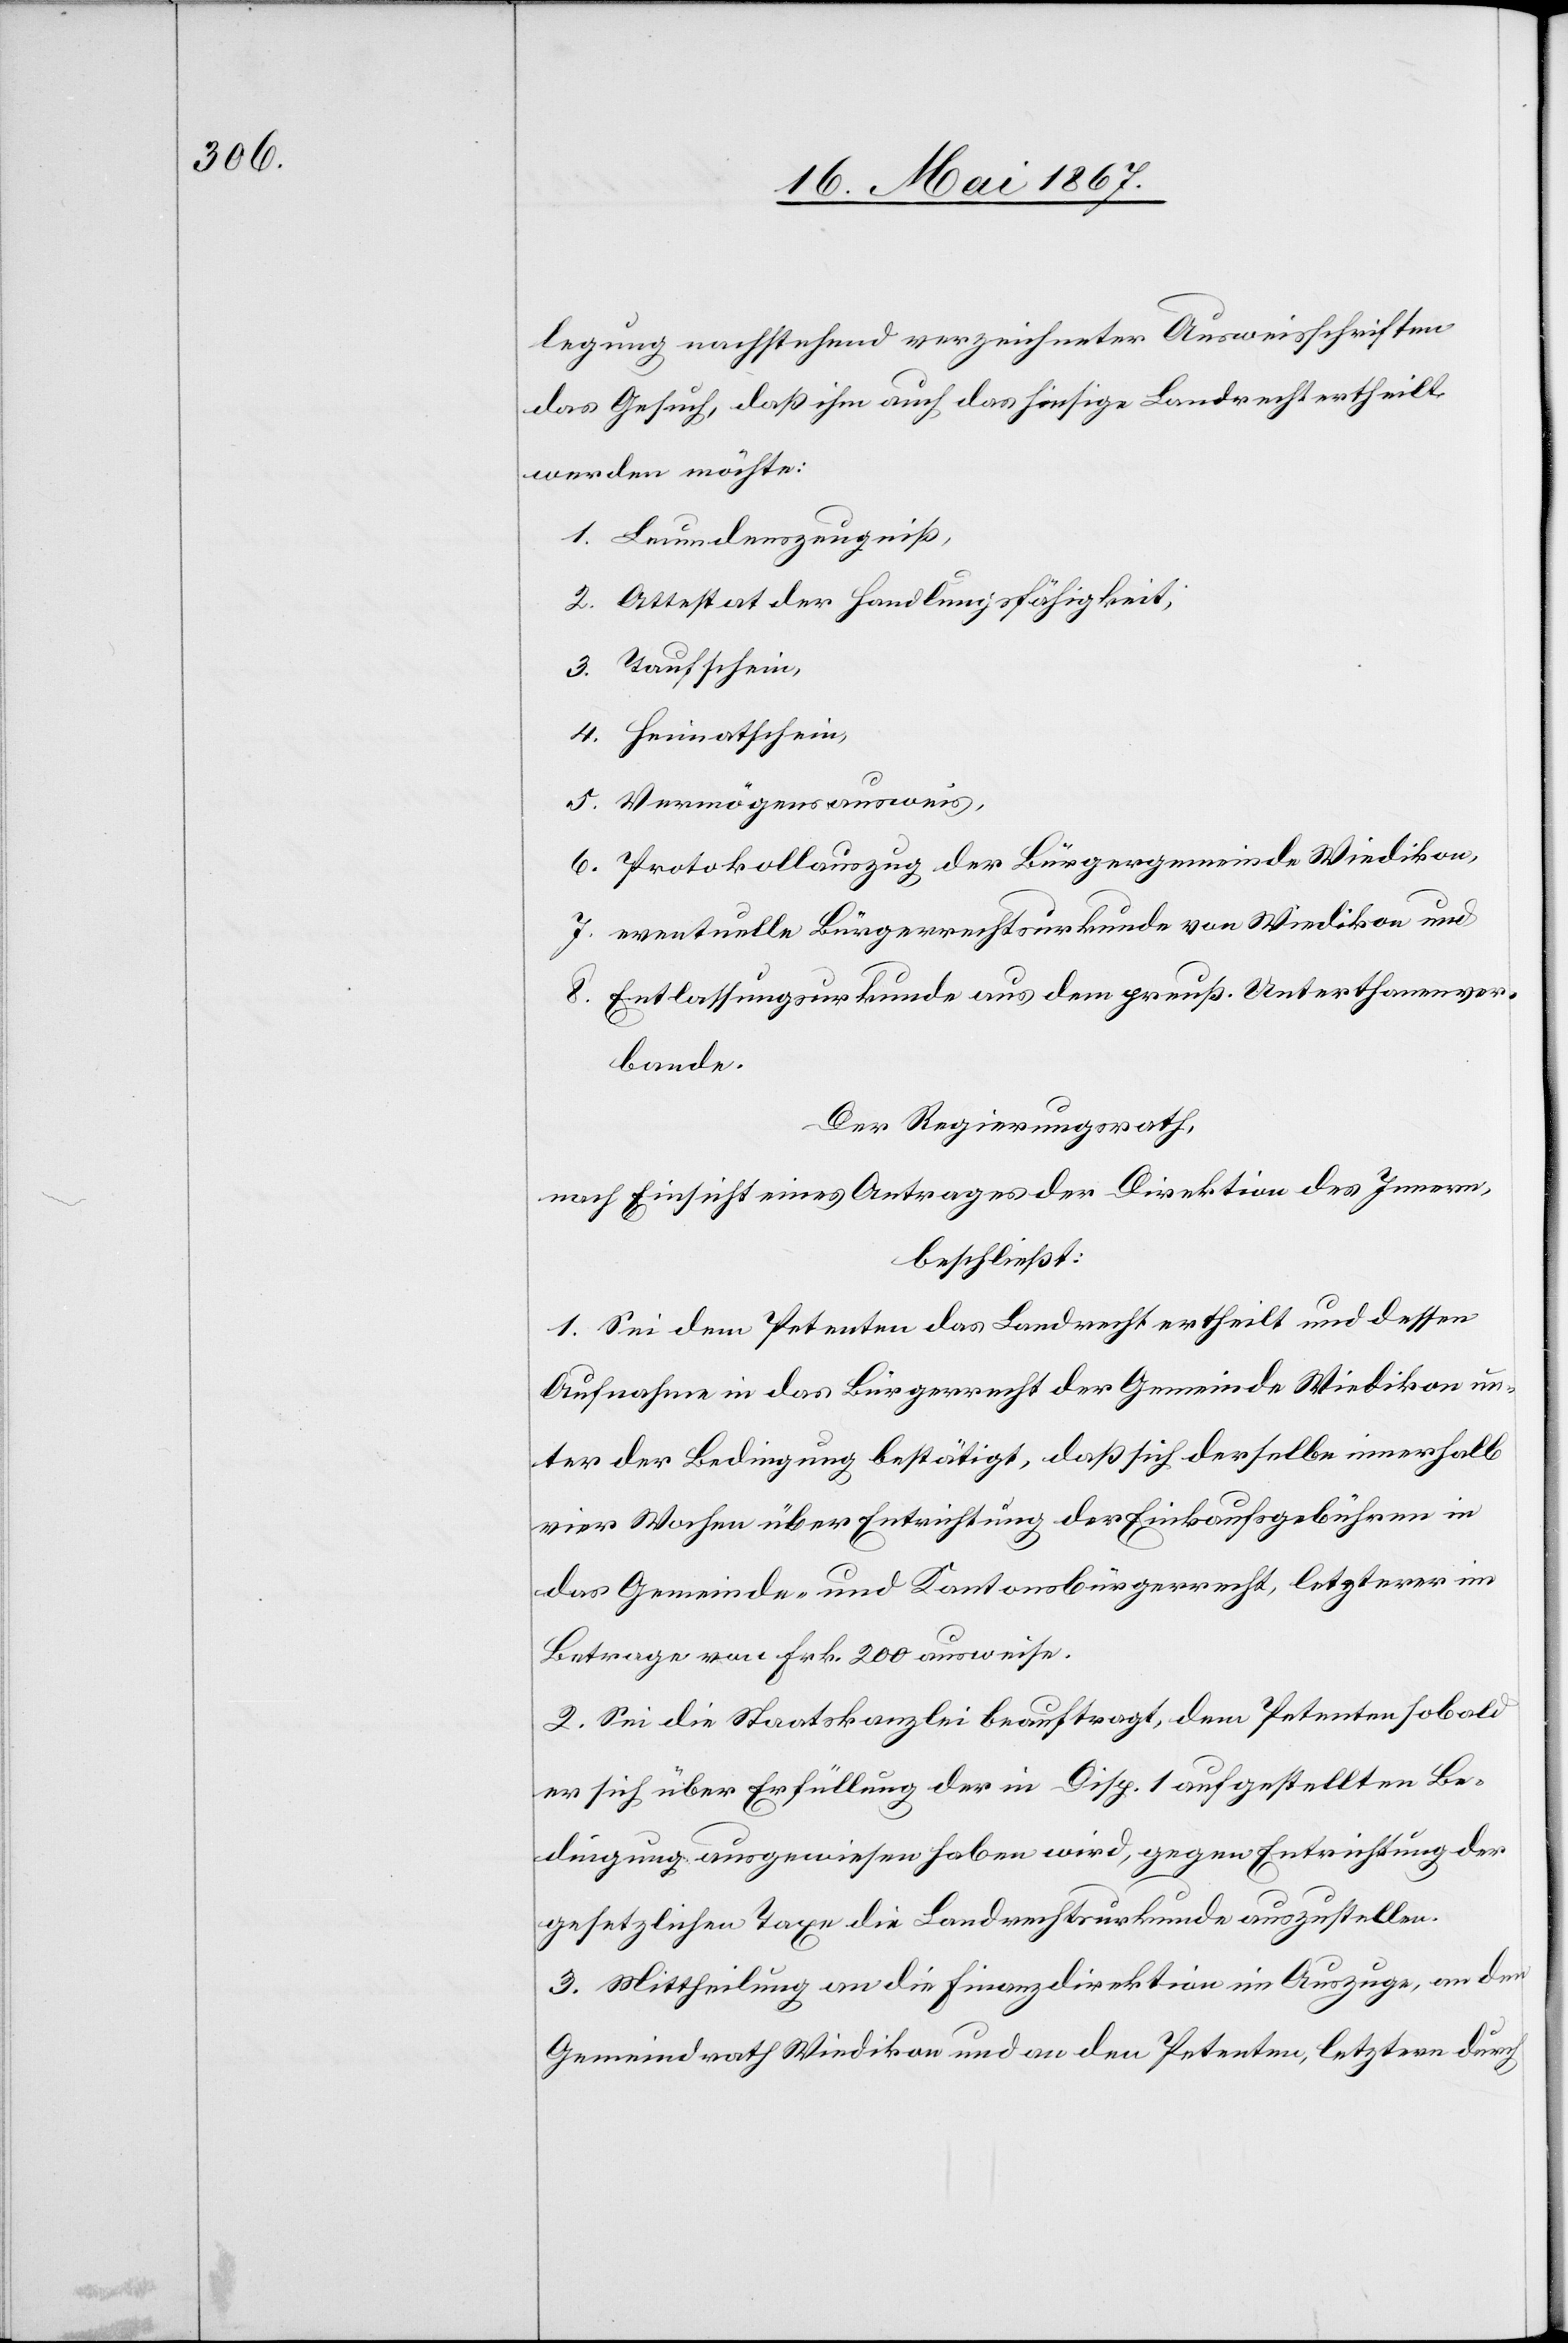
legung nachstehend verzeichneter Ausweisschriften
das Gesuch, daß ihm auch das hiesige Landrecht ertheilt
werden möchte:
Leumdenszeugniß,
Attestat der Handlungsfähigkeit,
Heimatschein,
Vermögensausweis,
Protokollauszug der Bürgergemeinde Wiedikon,
eventuelle Bürgerrechtsurkunde von Wiedikon und
Entlassungsurkunde aus dem preuß. Unterthanenver¬
bande.
Der Regierungsrath,
nach Einsicht eines Antrages der Direktion des Innern,
beschließt:
1. Sei dem Petenten das Landrecht ertheilt und dessen
Aufnahme in das Bürgerrecht der Gemeinde Wiedikon un¬
ter der Bedingung bestätigt, daß sich derselbe innerhalb
vier Wochen über Entrichtung der Einkaufsgebühren in
das Gemeinde- und Kantonsbürgerrecht, letzterer im
Betrage von Frk. 200 ausweise.
2. Sei die Staatskanzlei beauftragt, dem Petenten sobald
er sich über Erfüllung der in Disp. 1 aufgestellten Be¬
dingungen ausgewiesen haben wird, gegen Entrichtung der
gesetzlichen Taxe die Landrechtsurkunde auszustellen.
3. Mittheilung an die Finanzdirektion im Auszuge, an den
Gemeindrath Wiedikon und an den Petenten, letztern durch